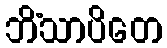
ဘိံသာပိတေ